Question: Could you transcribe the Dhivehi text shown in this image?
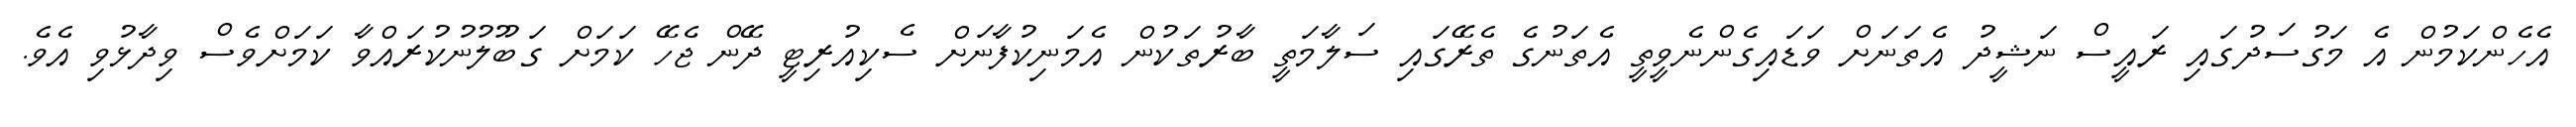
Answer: އެހެންކަމުން އެ މަގުސަދުގައި ރައީސް ނަޝީދު އެތަނަށް ވަޑައިގެންނެވީތީ އެތަނުގެ ތެރޭގައި ސަލާމަތީ ބާރުތަކުން އެމަނިކުފާނަށް ސެކިއުރިޓީ ދޭން ޖެހޭ ކަމަށް ގަބޫލުނުކުރައްވާ ކަމަށްވެސް ވިދާޅުވި އެވެ.